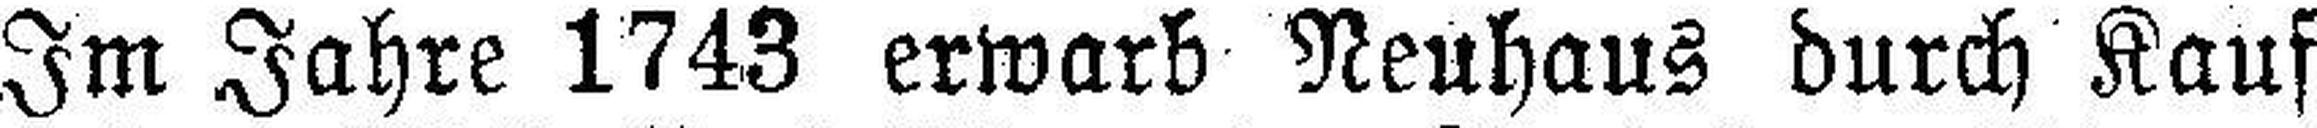
Im Jahre 1743 erwarb Neuhaus durch Kauf